Insane asylums in Bengal annual reports 1867-1875 - 1867-1875
Year: 1867
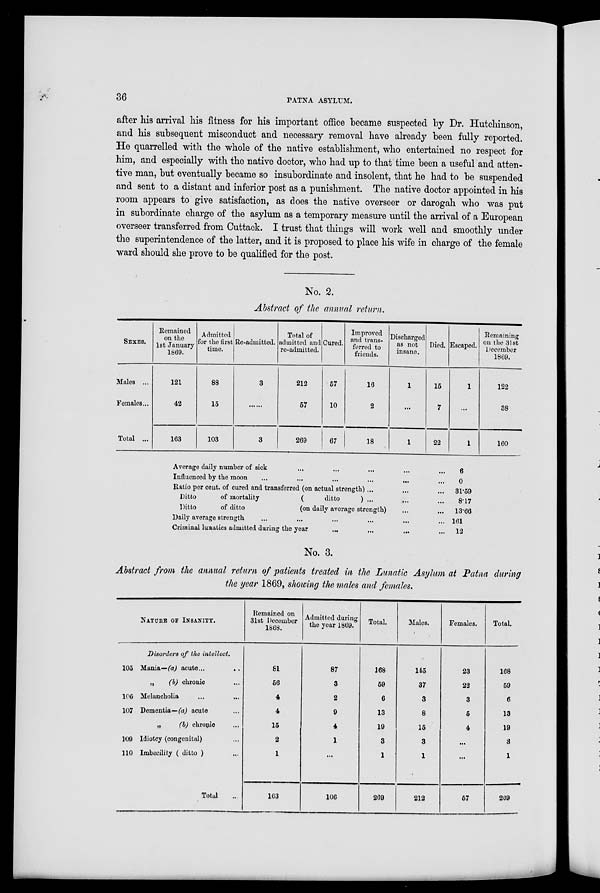
36
PATNA ASYLUM.
after his arrival his fitness for his important office became suspected by Dr. Hutchinson,
and his subsequent misconduct and necessary removal have already been fully reported.
He quarrelled with the whole of the native establishment, who entertained no respect for
him, and especially with the native doctor, who had up to that time been a useful and atten-
tive man, but eventually became so insubordinate and insolent, that he had to be suspended
and sent to a distant and inferior post as a punishment. The native doctor appointed in his
room appears to give satisfaction, as does the native overseer or darogah who was put
in subordinate charge of the asylum as a temporary measure until the arrival of a European
overseer transferred from Cuttack. I trust that things will work well and smoothly under
the superintendence of the latter, and it is proposed to place his wife in charge of the female
ward should she prove to be qualified for the post.
No. 2.
Abstract of the annual return.
SEXES.
Males ...
Females...
Total ...
Remained
on the
1st January
1869.
121
42
163
Admitted
for the first
time.
88
15
103
Re-admitted.
3
......
3
Total of
admitted and
re-admitted.
212
57
269
Cured.
57
10
67
Improved
and trans-
ferred to
friends.
16
2
18
Discharged
as not
insane.
1
...
1
Died.
15
7
22
Escaped.
1
...
1
Remaining
on the 31st
December
1869.
122
38
160
Average daily number of sick ... ... ... ... ...
Influenced by the moon
...
...
...
...
...
Ratio per cent. of cured and transferred (on actual strength) ... ... ...
Ditto
of mortality
(
ditto
) ... ... ...
Ditto
of ditto
(on daily average strength) ... ...
Daily average strength ... ... ... ... ... ...
Criminal lunatics admitted during the year ... ... ... ...
6
0
31.59
8.17
13.66
161
12
No. 3.
Abstract from the annual return of patients treated in the Lunatic Asylum at Patna during
the year 1869, showing the males and females.
NATURE OF INSANITY.
Disorders of the intellect.
105
106
107
109
110
Mania—(a) acute ...
...
„
(b) chronic ...
Melancholia ... ...
Dementia—(a) acute ...
„
(b) chronic ...
Idiotcy (congenital) ...
Imbecility ( ditto ) ...
Total ...
Remained on
31st December
1868.
81
56
4
4
15
2
1
163
Admitted during
the year 1869.
87
3
2
9
4
1
...
106
Total.
168
59
6
13
19
3
1
269
Males.
145
37
3
8
15
3
1
212
Females.
23
22
3
5
4
...
...
57
Total.
168
59
6
13
19
3
1
269